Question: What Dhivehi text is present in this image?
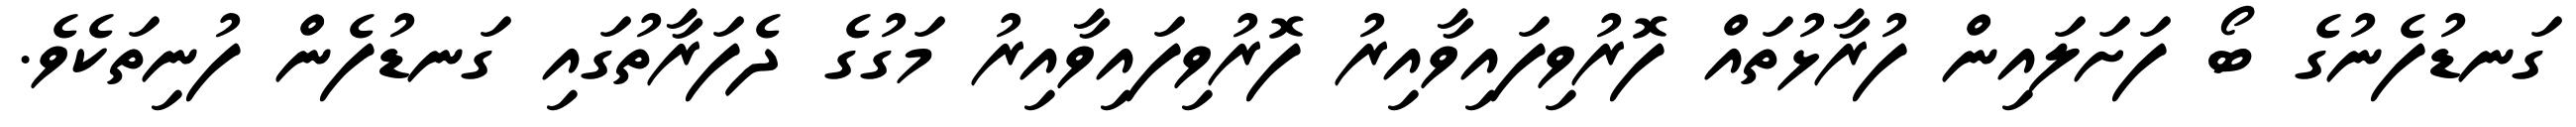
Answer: ގަނޑުފެނުގެ ބޯ ފަށަލައިން ފުރާޅުތައް ފޮރުވިފައިވާއިރު ފޮރުވިފައިވާއިރު މަގުގެ ދެފަރާތުގައި ގަނޑުފެން ފުނިތަކެވެ.